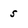
Character: 5